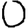
Digit: 0